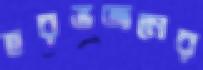
হরভজনের